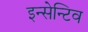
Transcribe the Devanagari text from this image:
इन्सेन्टिव